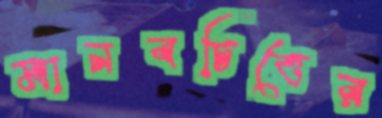
মানবচিত্তের